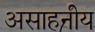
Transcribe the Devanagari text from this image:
असाहनीय